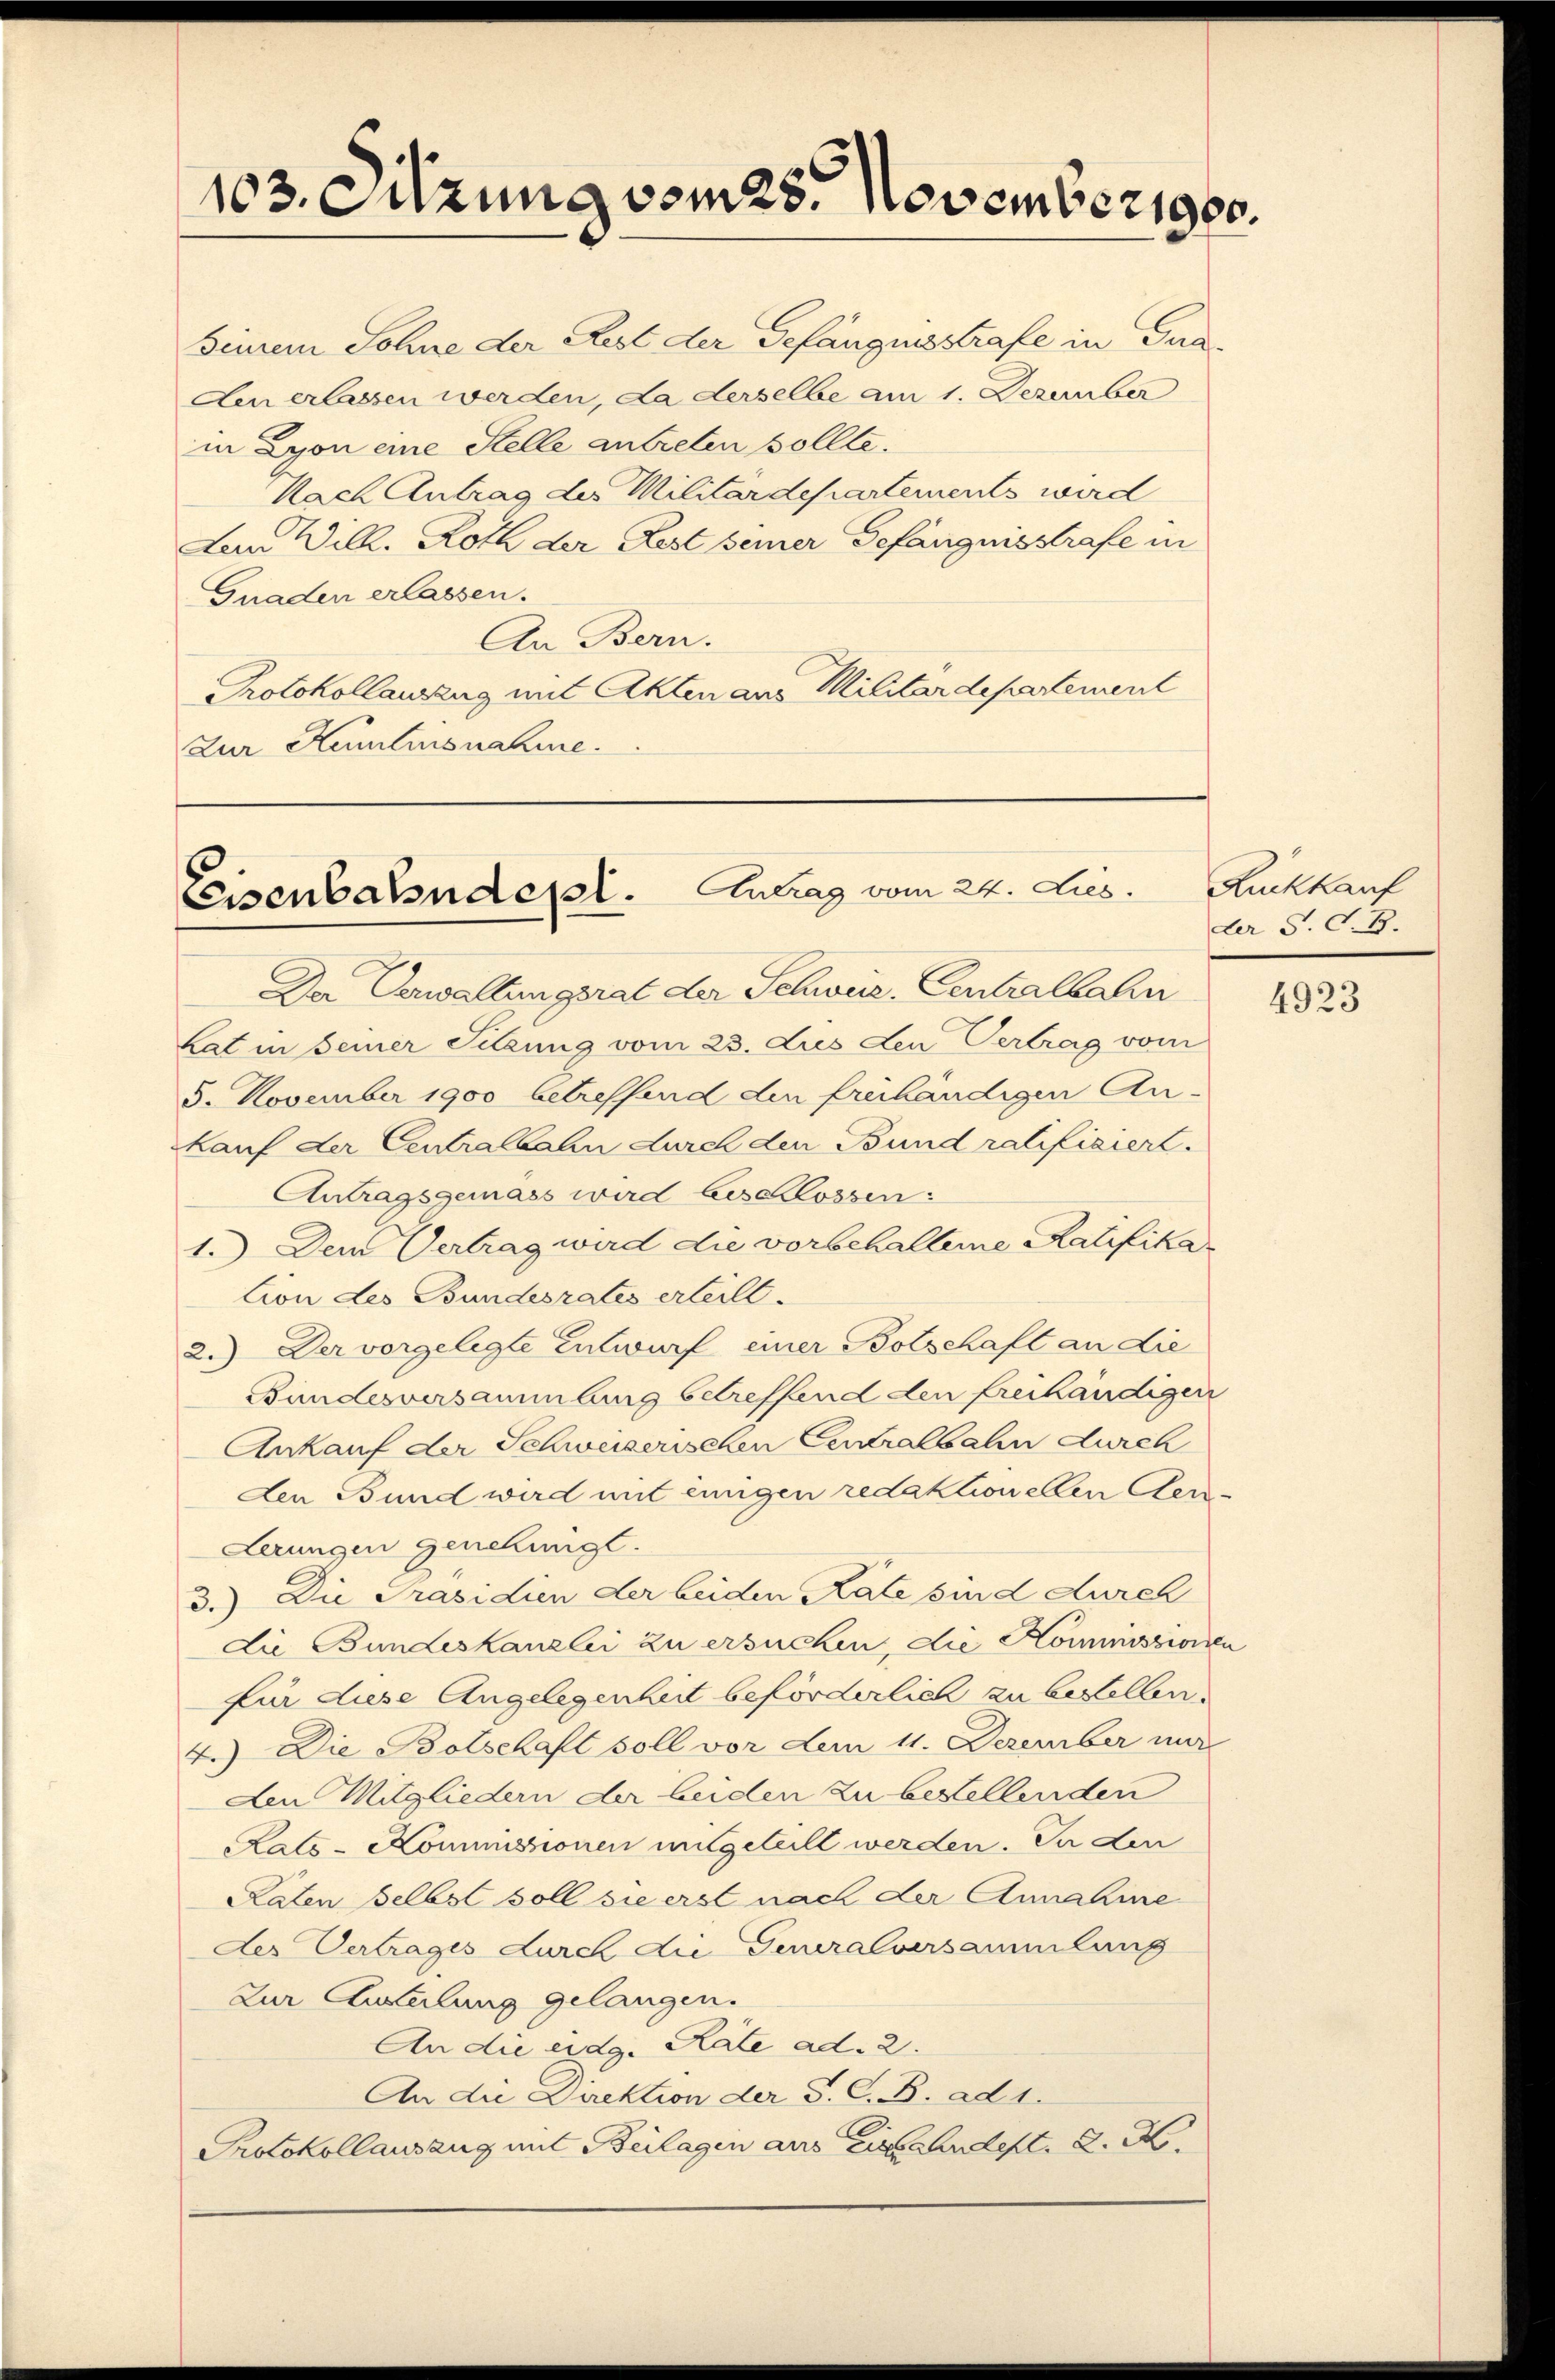
103. Sitzung vom 28. November 1900.

Sinrem Sohne der Rest der Gefängnisstrafe in Gna¬
Aen erlassen werden, da derselbe am 1. Dezember
in Lyon eine Stelle antreten sollte.
Nach Antrag des Militärdepartements wird
Aen Will. Roth der Rest seiner Gefängnisstrafe in
Gnaden erlassen.
An Bern.
Protokollauszug mit Akten aus Militärdepartement
zur Humlinsnahme.

Eeisenbahndergl. Antrag vom 22. Lies.

Der Verwaltungsrat der Schweiz. Centralbahn
Lat in seiner Sitzung vom 23. Lies den Vertrag vom
5. November 1900 betreffend den freihändigen An-
kauf der Centralbahn durch den Bund ratificiert.
Antragsgemäss wird beschlossen:
1.) Dem Vertrag wird die vorbehaltene Ratifika¬
Cion des Bundesrates erteilt.
2.) Der vorgelegte Entwurf einer Botschaft an die
Bundesversammlung betreffend den freihändigen
Ankauf der Schweizerischen Centralbahn durch
den Bund wird mit einigen redaktionellen Cen¬
Lerungen genehmigt.
3.) Die Präsidien der beiden Rate sind durch
die Bundeskanzlei zu ersuchen, die Kommissionen
für diese Angelegenheit beförderlich zu bestellen.
4.) Die Botschaft soll vor dem 11. Dezember mir
Aen Mitgliedern der beiden zu bestellenden
Rats-Kommissionen mitgeteilt werden. In den
Raten selbst soll sie erst nach der Annahme
Der Vertrages durch die Generalversammlung
Zur Ansteilung gelangen.
An die eidg. Rate ad. 2.
An die Direktion der S. C. B. ad 1.
Protokollausang mit Beilagen aus eines Andelt. d. M.

Ruckkauf
der S. S. B.

4923